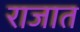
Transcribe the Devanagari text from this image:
राजात